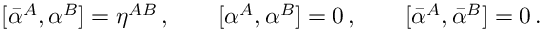
[ \bar { \alpha } ^ { A } , \alpha ^ { B } ] = \eta ^ { A B } \, , \qquad [ \alpha ^ { A } , \alpha ^ { B } ] = 0 \, , \qquad [ \bar { \alpha } ^ { A } , \bar { \alpha } ^ { B } ] = 0 \, .